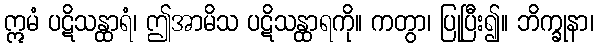
ဣမံ ပဋိသန္ထာရံ၊ ဤအာမိသ ပဋိသန္ထာရကို။ ကတွာ၊ ပြုပြီး၍။ ဘိက္ခုနာ၊